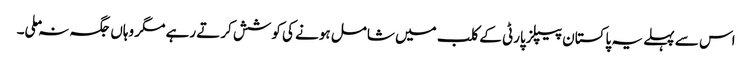
اس سے پہلے یہ پاکستان پیپلزپارٹی کے کلب میں شامل ہونے کی کوشش کرتے رہے مگر وہاں جگہ نہ ملی۔